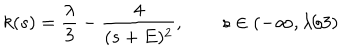
k ( s ) = \frac { \lambda } 3 - \frac { 4 } { ( s + E ) ^ { 2 } } , \qquad s \in ( - \infty , \lambda / 3 )